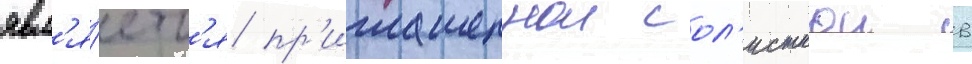
явл'я́етс'я пр'иглашеннои сол'исткои в